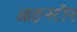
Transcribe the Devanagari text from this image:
आइन्‍स्‍टीन